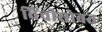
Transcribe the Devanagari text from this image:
विंचीसोबत